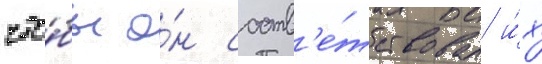
что́бы о́н соотв'е́тствовал и́х